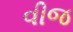
વીજ